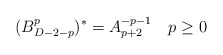
\begin{align*}(B^{p}_{D-2-p})^*=A^{-p-1}_{p+2}\quad p\ge 0\end{align*}